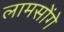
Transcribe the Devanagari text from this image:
लामसोंगे